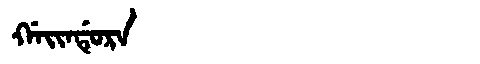
Manchu: ᡤᠠᡳᠨᡩᡠᡵᠠ
Romanization: GAINDURA